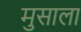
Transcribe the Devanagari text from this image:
मुसाला